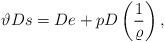
LaTeX: \begin{align*}\vartheta Ds= De+pD\left(\frac{1}{\varrho}\right),\end{align*}